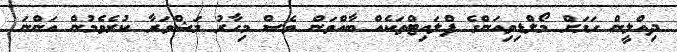
ދިއްލީން ގަމަށް މޯލްޑިވިއަންގެ ފްލައިޓްތަކެއް ބާއްވަން ވެސް މިހާރު މަޝްވަރާ ކުރެވެމުން އަންނަ